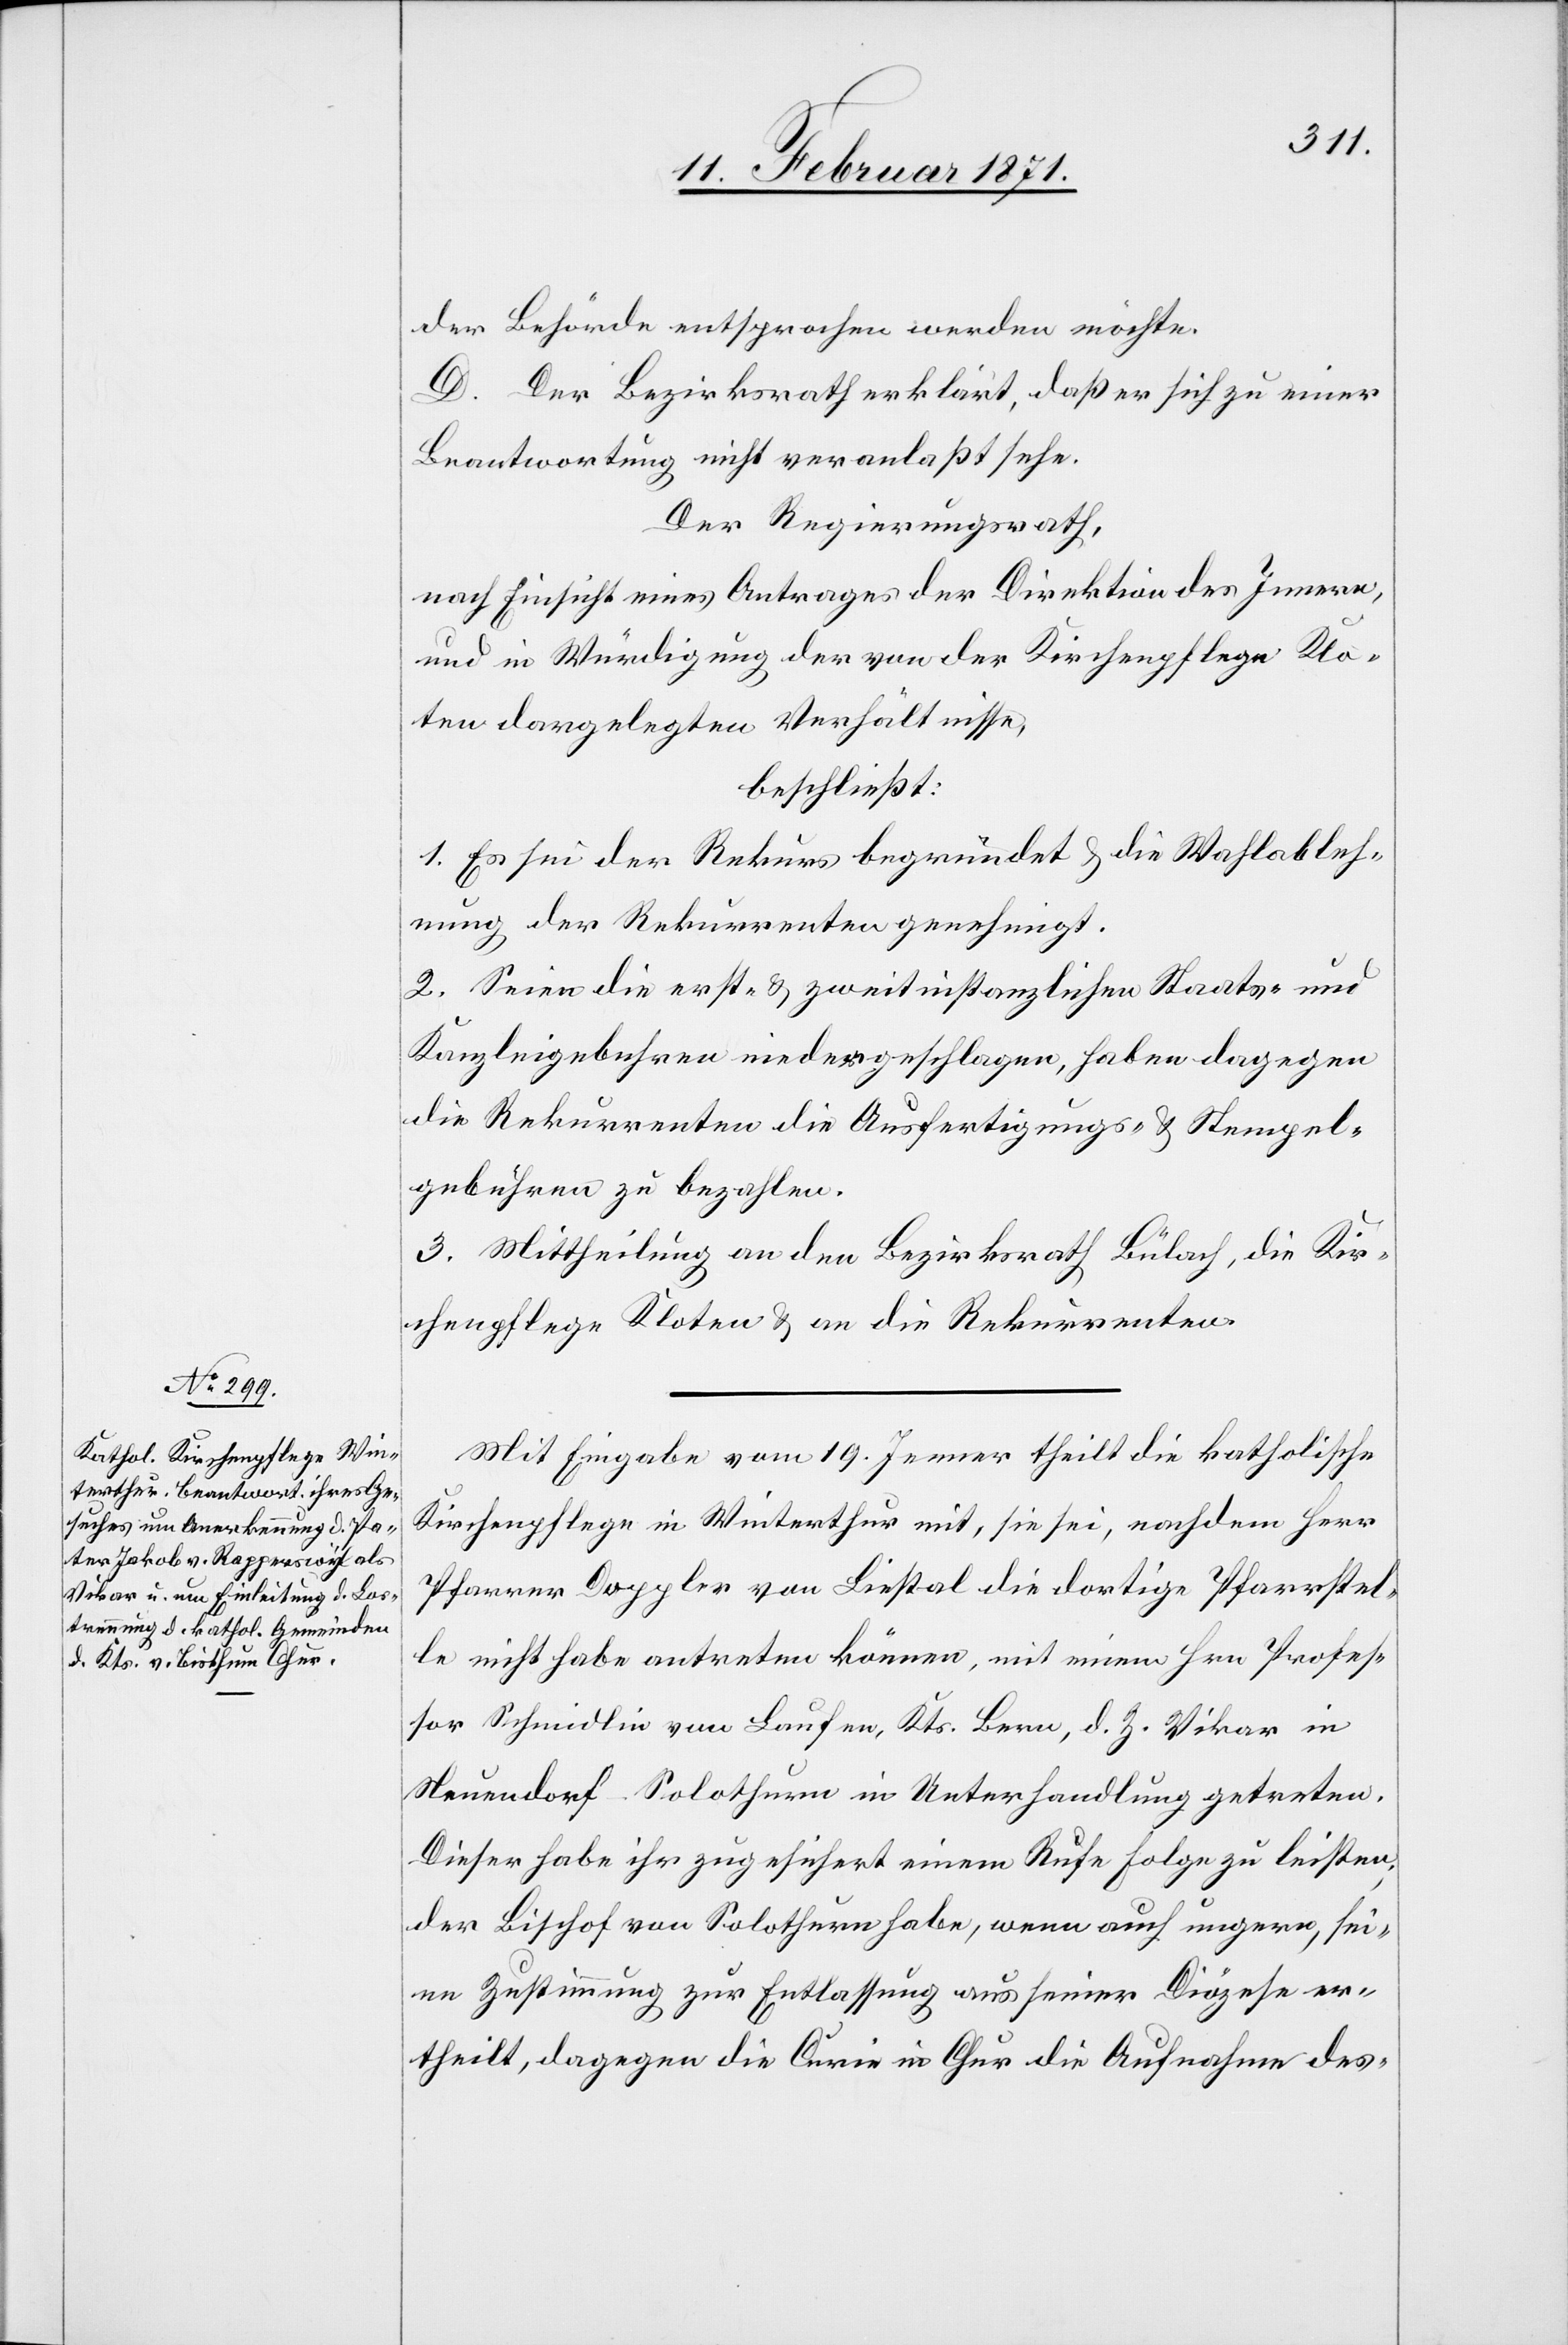
der Behörde entsprochen werden möchte.
D. Der Bezirksrath erklärt, daß er sich zu einer
Beantwortung nicht veranlaßt sehe.
Der Regierungsrath,
nach Einsicht eines Antrages der Direktion des Innern,
und in Würdigung der von der Kirchenpflege Klo¬
ten dargelegten Verhältnisse,
beschließt:
1. Es sei der Rekurs begründet u. die Wahlableh¬
nung der Rekurrenten genehmigt.
2. Seien die erst- u. zweitinstanzlichen Staats- und
Kanzleigebühren niedergeschlagen, haben dagegen
die Rekurrenten die Ausfertigungs- u. Stempel¬
gebühren zu bezahlen.
3. Mittheilung an den Bezirksrath Bülach, die Kir¬
chenpflege Kloten u. an die Rekurrenten.
Mit Eingabe vom 19. Jenner theilt die katholische
Kirchenpflege in Winterthur mit, sie sei, nachdem Herr
Pfarrer Doppler von Ließtal die dortige Pfarrstel¬
le nicht habe antreten können, mit einem Hrn Profes¬
sor Schmidlin von Laufen, Kts. Bern, d. Z. Vikar in
Neuendorf Solothurn in Unterhandlung getreten.
Dieser habe ihr zugesichert einem Rufe Folge zu leisten
der Bischof von Solothurn habe, wenn auch ungern, sei¬
ne Zustimmung zur Entlassung aus seiner Diözese er¬
theilt, dagegen die Curie in Chur die Aufnahme des-